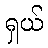
ရှယ်